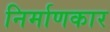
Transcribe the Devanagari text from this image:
निर्माणकार